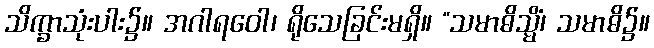
သိက္ခာသုံးပါး၌။ အဂါရဝေါ၊ ရိုသေခြင်းမရှိ။ “သမာဓိသ္မိံ၊ သမာဓိ၌။